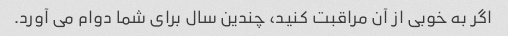
اگر به خوبی از آن مراقبت کنید، چندین سال برای شما دوام می آورد.